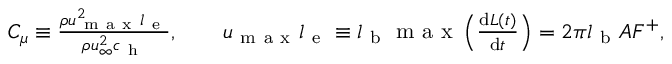
\begin{array} { r } { C _ { \mu } \equiv \frac { \rho u _ { \mathrm { ~ m ~ a ~ x ~ } } ^ { 2 } l _ { \mathrm { ~ e ~ } } } { \rho u _ { \infty } ^ { 2 } c _ { \mathrm { ~ h ~ } } } , \qquad u _ { \mathrm { ~ m ~ a ~ x ~ } } l _ { \mathrm { ~ e ~ } } \equiv l _ { \mathrm { ~ b ~ } } \mathrm { ~ m ~ a ~ x ~ } \left( \frac { \mathrm { d } L ( t ) } { \mathrm { d } t } \right) = 2 \pi l _ { \mathrm { ~ b ~ } } A F ^ { + } , } \end{array}